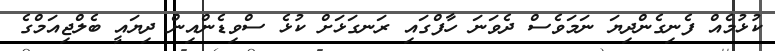
ކުޅުމެއް ފެނިގެންދިޔަ ނަމަވެސް ދެވަނަ ހާފްގައި ރަނގަޅަށް ކުޅެ ސްވިޑެންއިން ދިޔައީ ބެލްޖިއަމްގެ